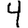
Digit: 4